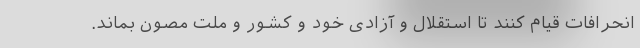
انحرافات قیام کنند تا استقلال و آزادی خود و کشور و ملت مصون بماند.